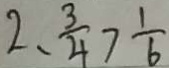
2 、 \frac { 3 } { 4 } > \frac { 1 } { 6 }